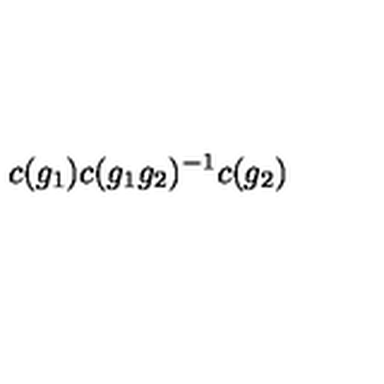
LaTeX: c ( g _ { 1 } ) c ( g _ { 1 } g _ { 2 } ) ^ { - 1 } c ( g _ { 2 } )